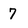
Character: 7